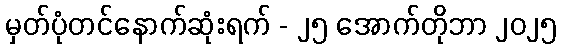
မှတ်ပုံတင်နောက်ဆုံးရက် - ၂၅ အောက်တိုဘာ ၂၀၂၅